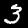
Label: 3